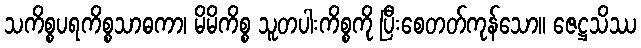
သကိစ္စပရကိစ္စသာဓကာ၊ မိမိကိစ္စ သူတပါးကိစ္စကို ပြီးစေတတ်ကုန်သော။ ဇေဋ္ဌသိဿ